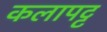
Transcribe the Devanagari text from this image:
कलापट्ट